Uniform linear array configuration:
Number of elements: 32
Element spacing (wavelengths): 0.25
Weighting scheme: kaiser
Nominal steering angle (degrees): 30
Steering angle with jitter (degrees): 31.629
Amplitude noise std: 0.05
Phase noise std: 0.05

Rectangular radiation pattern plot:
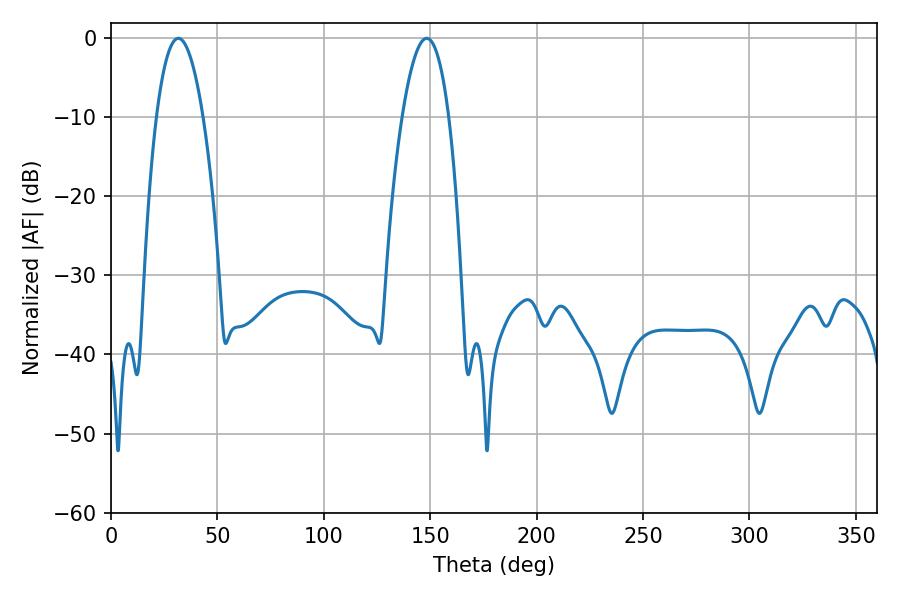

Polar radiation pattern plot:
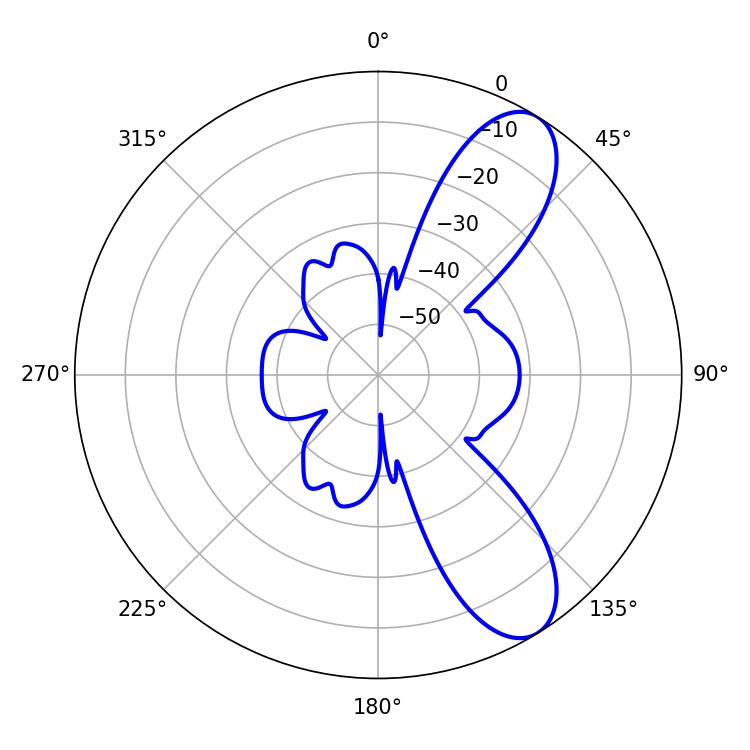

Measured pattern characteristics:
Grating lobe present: FALSE
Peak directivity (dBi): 9.224
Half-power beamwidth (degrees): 12.24
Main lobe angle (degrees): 31.68